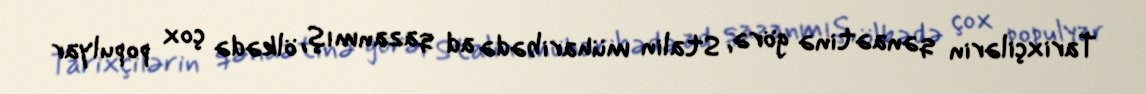
Tarixçilərin qənaətinə görə, Stalin müharibədə ad qazanmış, ölkədə çox populyar